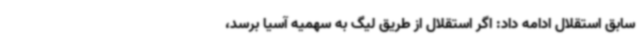
سابق استقلال ادامه داد: اگر استقلال از طریق لیگ به سهمیه آسیا برسد،